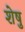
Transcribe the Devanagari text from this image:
शेषु